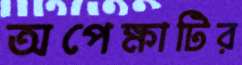
অপেক্ষাটির